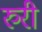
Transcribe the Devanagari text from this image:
रुरी